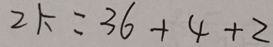
2 K = 3 6 + 4 + 2